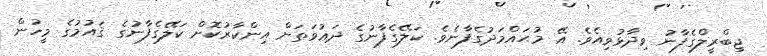
ޖިބްރީލްގެފާނު ވިދާޅުވިއެވެ. އޭ މުޙައްމަދުގެފާނެވެ. ކަލޭގެފާނުގެ ދަޢުވަތަށް އިންކާރުކޮށް ކަލޭގެފާނުގެ ޤައުމުގެ މީހުން